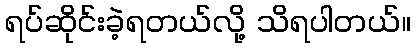
ရပ်ဆိုင်းခဲ့ရတယ်လို့ သိရပါတယ်။